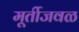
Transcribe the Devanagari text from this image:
मूर्तीजवळ